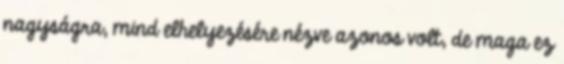
nagyságra, mind elhelyezésére nézve azonos volt, de maga ez